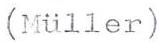
(Miller)